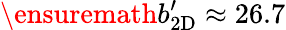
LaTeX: \ensuremath{b_{\mathrm{2D}}^{\prime}}\approx 26.7